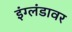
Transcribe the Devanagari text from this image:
इंग्लंडावर